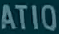
ATIO